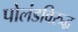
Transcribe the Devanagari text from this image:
पोलंडविरुद्ध